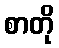
စာတို